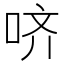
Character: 哜